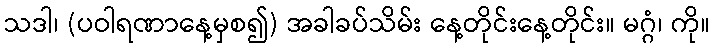
သဒါ၊ (ပဝါရဏာနေ့မှစ၍) အခါခပ်သိမ်း နေ့တိုင်းနေ့တိုင်း။ မဂ္ဂံ၊ ကို။